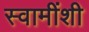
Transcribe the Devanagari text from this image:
स्वामींशी